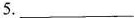
5.___